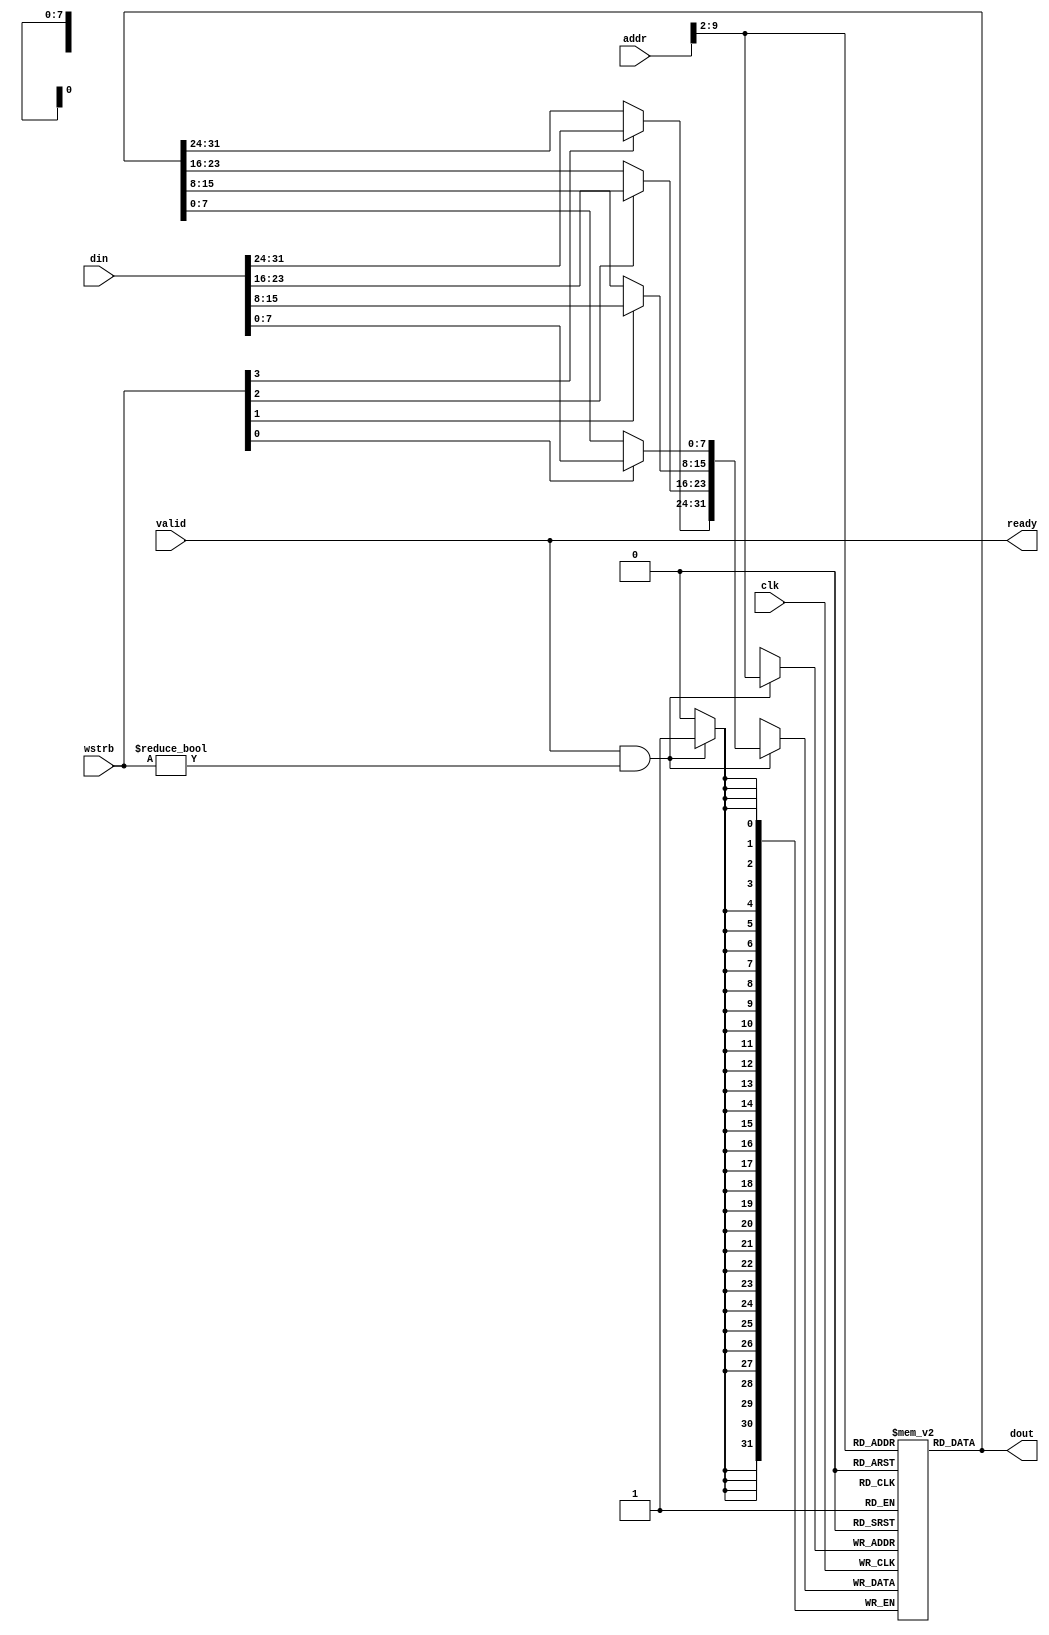
// This program was cloned from: https://github.com/anishathalye/notary
// License: MIT License

module ram #(
    parameter ADDR_BITS = 10
) (
    input clk,
    input valid,
    input [31:0] addr,
    input [31:0] din,
    input [3:0] wstrb,
    output [31:0] dout,
    output ready
);

wire [ADDR_BITS-3:0] idx = addr[ADDR_BITS-1:2];
reg [31:0] ram [(2**(ADDR_BITS-2))-1:0];

wire [31:0] din_masked = {wstrb[3] ? din[31:24] : ram[idx][31:24],
    wstrb[2] ? din[23:16] : ram[idx][23:16],
    wstrb[1] ? din[15:8] : ram[idx][15:8],
    wstrb[0] ? din[7:0] : ram[idx][7:0]};

always @(posedge clk) begin
    if (valid && wstrb != 4'b0000) begin
        ram[idx] <= din_masked;
    end
end

assign dout = ram[idx];
assign ready = valid; // always ready

endmodule